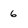
Character: 6